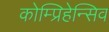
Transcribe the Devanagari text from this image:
कोम्प्रिहेन्सिव